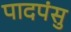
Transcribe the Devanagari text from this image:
पादपंसु